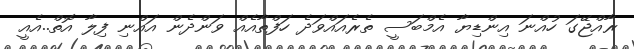
ޜާއްޖޭގަ ހުއްނަ އިންޑިޔާ އެމްބަސީ ތެރެއައްވަދެ ހަފްތާއެއް ވަންދެން އައްނި ފިލާ އޮތް..އެއީ